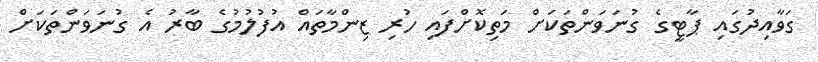
ގަވާއިދުގައި ޕާޓީގެ ގުނަވަންތަކަށް މަތިކޮށްފައި ހުރި ޒިންމާތައް އުފުލުމުގެ ބާރު އެ ގުނަވަންތަކަށް